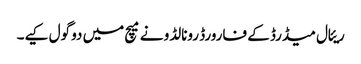
ریئال میڈرڈ کے فارورڈ رونالڈو نے میچ میں دو گول کیے۔